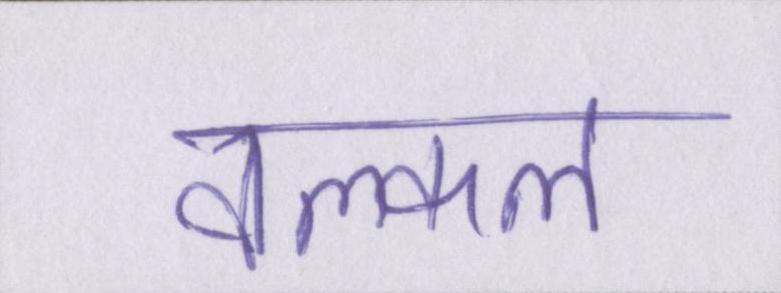
वल्कल